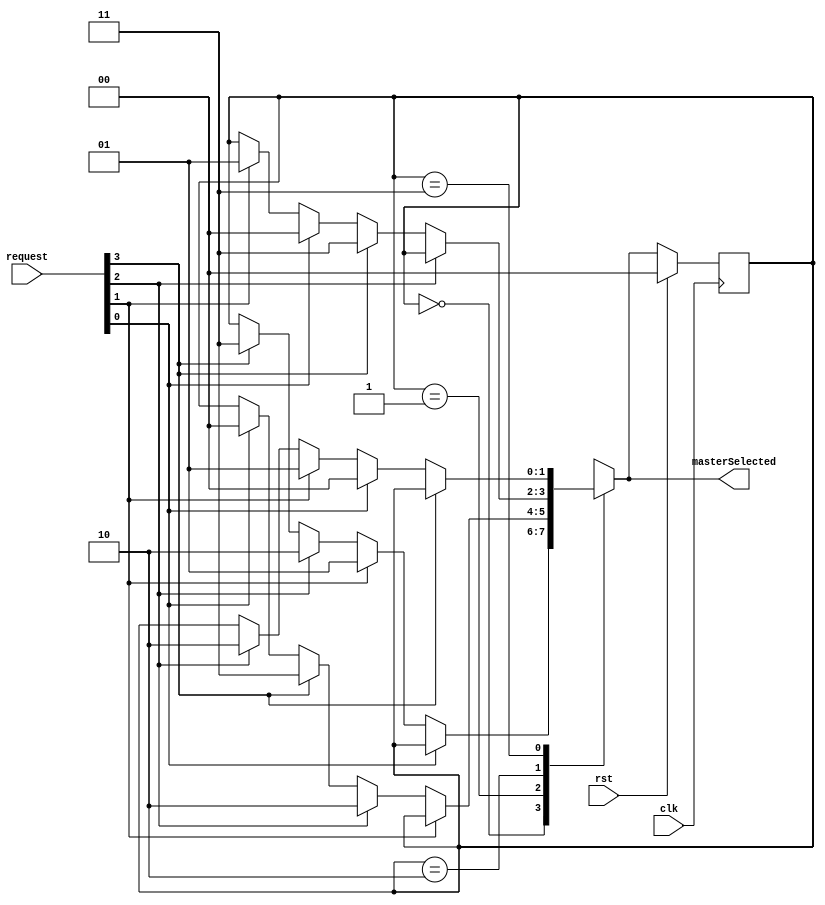
module MasterArbiter (
		input wire clk,
		input wire rst,

		input wire[3:0] request,
		output wire[1:0] masterSelected
	);

	localparam MASTER0 = 2'h0;
	localparam MASTER1 = 2'h1;
	localparam MASTER2 = 2'h2;
	localparam MASTER3 = 2'h3;

	reg[1:0] currentMaster = MASTER0;
	reg[1:0] nextMaster;

	always @(*) begin
		nextMaster = currentMaster;

		case (currentMaster)
			MASTER0: begin
				if (!request[0]) begin
					if (request[1]) nextMaster = MASTER1;
					else if (request[2]) nextMaster = MASTER2;
					else if (request[3]) nextMaster = MASTER3;
				end
			end

			MASTER1: begin
				if (!request[1]) begin
					if (request[2]) nextMaster = MASTER2;
					else if (request[3]) nextMaster = MASTER3;
					else if (request[0]) nextMaster = MASTER0;
				end
			end

			MASTER2: begin
				if (!request[2]) begin
					if (request[3]) nextMaster = MASTER3;
					else if (request[0]) nextMaster = MASTER0;
					else if (request[1]) nextMaster = MASTER1;
				end
			end

			MASTER3: begin
				if (!request[3]) begin
					if (request[0]) nextMaster = MASTER0;
					else if (request[1]) nextMaster = MASTER1;
					else if (request[2]) nextMaster = MASTER2;
				end
			end
		endcase
	end

	always @(posedge clk) begin
		if (rst) currentMaster <= MASTER0;
		else currentMaster <= nextMaster;
	end

	assign masterSelected = nextMaster;

endmodule